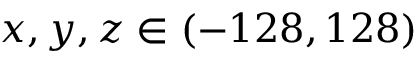
x , y , z \in ( - 1 2 8 , 1 2 8 )